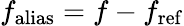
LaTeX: f_{\mathrm{alias}}=f-f_{\mathrm{ref}}